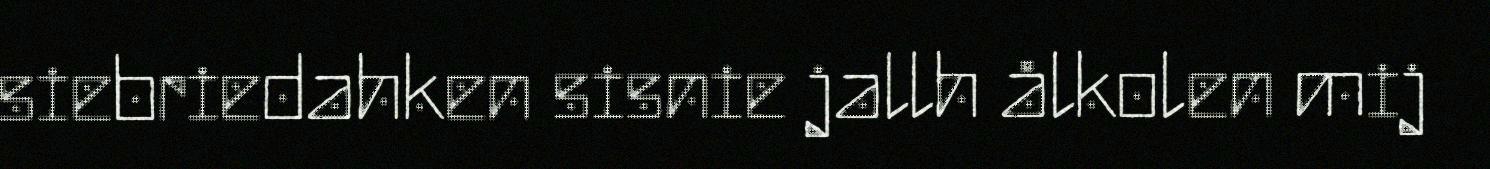
siebriedahken sisnie jallh ålkolen mij